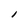
Character: I